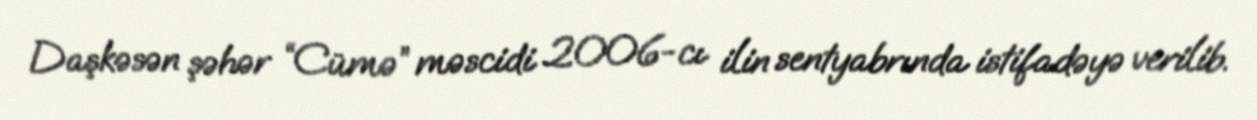
Daşkəsən şəhər “Cümə” məscidi 2006-cı ilin sentyabrında istifadəyə verilib.